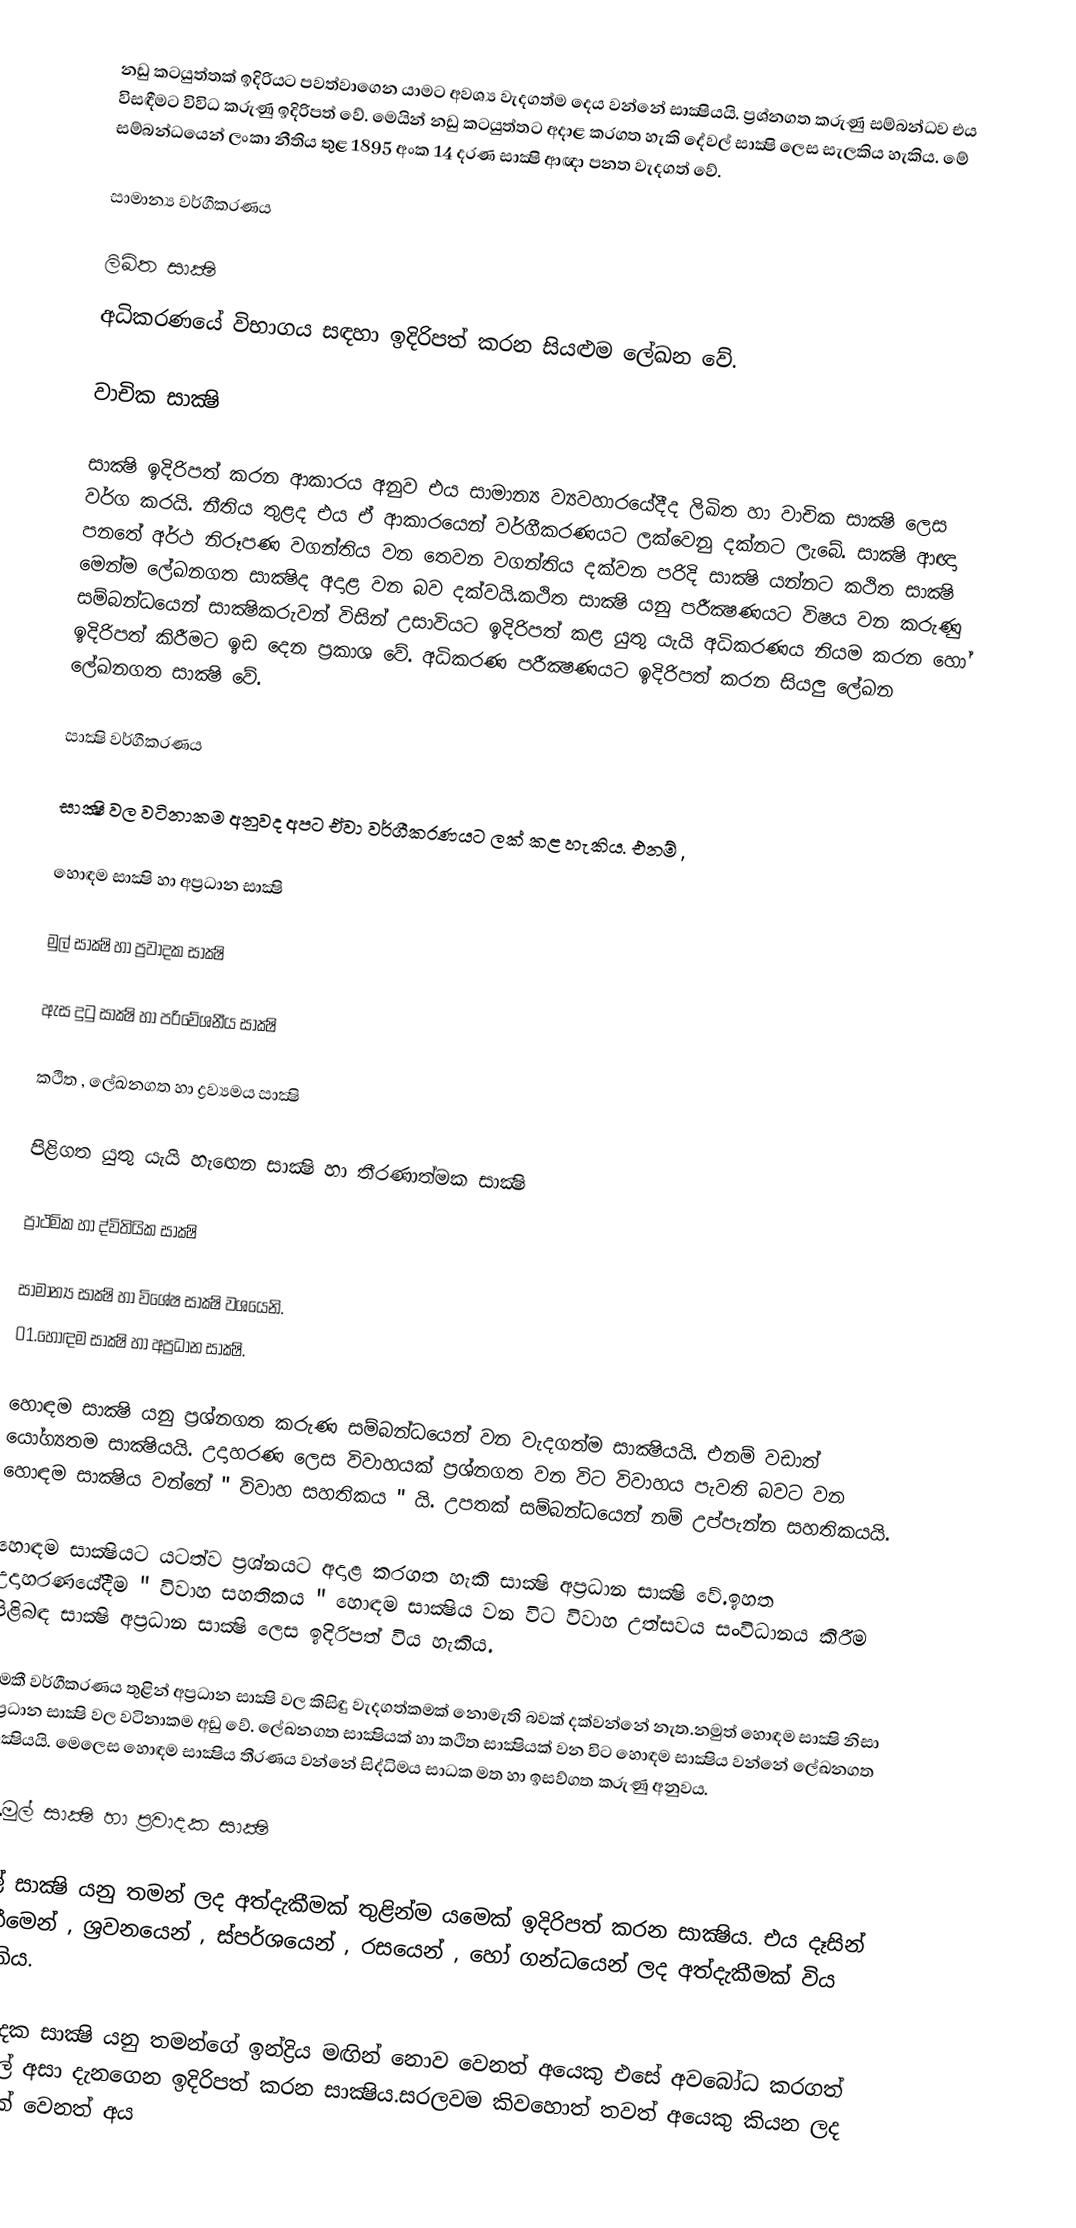
නඩු කටයුත්තක් ඉදිරියට පවත්වාගෙන යාමට අවශ්‍ය වැදගත්ම දෙය වන්නේ සාක්‍ෂියයි. ප්‍රශ්නගත කරුණු සම්බන්ධව එය විසඳීමට විවිධ කරුණු ඉදිරිපත් වේ. මෙයින් නඩු කටයුත්තට අදාළ කරගත හැකි දේවල් සාක්‍ෂි ලෙස සැලකිය හැකිය. මේ සම්බන්ධයෙන් ලංකා නීතිය තුළ 1895 අංක 14 දරණ සාක්‍ෂි ආඥා පනත වැදගත් වේ.

සාමාන්‍ය වර්ගීකරණය

ලිඛිත සාක්‍ෂි
අධිකරණයේ විභාගය සඳහා ඉදිරිපත් කරන සියළුම ලේඛන වේ.

වාචික සාක්‍ෂි

සාක්‍ෂි ඉදිරිපත් කරන ආකාරය අනුව එය සාමාන්‍ය ව්‍යවහාරයේදීද ලිඛිත හා වාචික සාක්‍ෂි ලෙස වර්ග කරයි. නීතිය තුළද එය ඒ ආකාරයෙන් වර්ගීකරණයට ලක්වෙනු දක්නට ලැබේ. සාක්‍ෂි ආඥා පනතේ අර්ථ නිරූපණ වගන්තිය වන තෙවන වගන්තිය දක්වන පරිදි සාක්‍ෂි යන්නට කථිත සාක්‍ෂි මෙන්ම ලේඛනගත සාක්‍ෂිද අදාළ වන බව දක්වයි.කථිත සාක්‍ෂි යනු පරීක්‍ෂණයට විෂය වන කරුණු සම්බන්ධයෙන් සාක්‍ෂිකරුවන් විසින් උසාවියට ඉදිරිපත් කළ යුතු යැයි අධිකරණය නියම කරන හෝ ඉදිරිපත් කිරීමට ඉඩ දෙන ප්‍රකාශ වේ. අධිකරණ පරීක්‍ෂණයට ඉදිරිපත් කරන සියලු ලේඛන ලේඛනගත සාක්‍ෂි වේ.

සාක්‍ෂි වර්ගීකරණය

සාක්‍ෂි වල වටිනාකම අනුවද අපට ඒවා වර්ගීකරණයට ලක් කළ හැකිය. එනම් ,

හොඳම සාක්‍ෂි හා අප්‍රධාන සාක්‍ෂි

මුල් සාක්‍ෂි හා ප්‍රවාදක සාක්‍ෂි

ඇස දුටු සාක්‍ෂි හා පරිවේශනීය සාක්‍ෂි

කථිත , ලේඛනගත හා ද්‍රව්‍යමය සාක්‍ෂි

පිළිගත යුතු යැයි හැඟෙන සාක්‍ෂි හා තීරණාත්මක සාක්‍ෂි

ප්‍රාථමික හා ද්විතියික සාක්‍ෂි

සාමාන්‍ය සාක්‍ෂි හා විශේෂ සාක්‍ෂි     වශයෙනි.
01.හොඳම සාක්‍ෂි හා අප්‍රධාන සාක්‍ෂි.

හොඳම සාක්‍ෂි යනු ප්‍රශ්නගත කරුණ සම්බන්ධයෙන් වන වැදගත්ම සාක්‍ෂියයි. එනම් වඩාත් යෝග්‍යතම සාක්‍ෂියයි. උදාහරණ ලෙස විවාහයක් ප්‍රශ්නගත වන විට විවාහය පැවති බවට වන හොඳම සාක්‍ෂිය වන්නේ " විවාහ සහතිකය " යි. උපතක් සම්බන්ධයෙන් නම් උප්පැන්න සහතිකයයි.

හොඳම සාක්‍ෂියට යටත්ව ප්‍රශ්නයට අදාළ කරගත හැකි සාක්‍ෂි අප්‍රධාන සාක්‍ෂි වේ.ඉහත උදාහරණයේදීම " විවාහ සහතිකය " හොඳම සාක්‍ෂිය වන විට විවාහ උත්සවය සංවිධානය කිරීම පිළිබඳ සාක්‍ෂි අප්‍රධාන සාක්‍ෂි ලෙස ඉදිරිපත් විය හැකිය.

මෙකී වර්ගීකරණය තුළින් අප්‍රධාන සාක්‍ෂි වල කිසිඳු වැදගත්කමක් නොමැති බවක් දක්වන්නේ නැත.නමුත් හොඳම සාක්‍ෂි නිසා අප්‍රධාන සාක්‍ෂි වල වටිනාකම අඩු වේ. ලේඛනගත සාක්‍ෂියක් හා කථිත සාක්‍ෂියක් වන විට හොඳම සාක්‍ෂිය වන්නේ ලේඛනගත සාක්‍ෂියයි. මෙලෙස හොඳම සාක්‍ෂිය තීරණය වන්නේ සිද්ධිමය සාධක මත හා ඉසව්ගත කරුණු අනුවය.

02.මුල් සාක්‍ෂි හා ප්‍රවාදක සාක්‍ෂි

මුල් සාක්‍ෂි යනු තමන් ලද අත්දැකීමක් තුළින්ම යමෙක් ඉදිරිපත් කරන සාක්‍ෂිය. එය දෑසින් දැකීමෙන් , ශ්‍රවනයෙන් , ස්පර්ශයෙන් , රසයෙන් , හෝ ගන්ධයෙන් ලද අත්දැකීමක් විය හැකිය.

ප්‍රවාදක සාක්‍ෂි යනු තමන්ගේ ඉන්ද්‍රිය මඟින් නොව වෙනත් අයෙකු එසේ අවබෝධ කරගත් දේවල් අසා දැනගෙන ඉදිරිපත් කරන සාක්‍ෂිය.සරලවම කිවහොත් තවත් අයෙකු කියන ලද දෙයක් වෙනත් අය